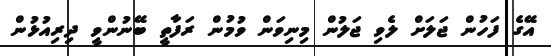
އޭގެ ފަހުން ޖަލަށް ލެވި ޖަލުން މިނިވަން ވުމުން ރަފާތީ ބޭނުންވީ ދިރިއުޅުން